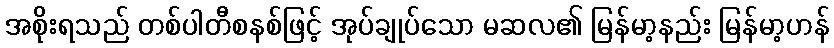
အစိုးရသည် တစ်ပါတီစနစ်ဖြင့် အုပ်ချုပ်သော မဆလ၏ မြန်မာ့နည်း မြန်မာ့ဟန်